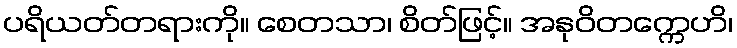
ပရိယတ်တရားကို။ စေတသာ၊ စိတ်ဖြင့်။ အနုဝိတက္ကေဟိ၊